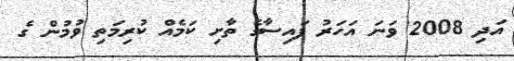
އަދި 2008 ވަނަ އަހަރު ފައިސާގެ ތާށި ކަމެއް ކުރިމަތި ވުމުން ގެ